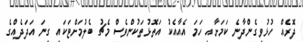
ދޮރެއް ހުޅުވިގެންދާނެ ކަމަށާއި ހަމަ އެއާއެކު އަތޮޅުތަކުންވެސް މެޗު ބެލުމަށްޓަކައި ގިނަ އަދަދެއްގެ